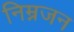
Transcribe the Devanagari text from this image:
निम्नजन